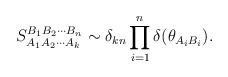
LaTeX: \begin{align*}S_{A_1 A_2 \cdots A_k }^{B_1 B_2 \cdots B_n}\sim\delta_{k n}\prod_{i=1}^{n}\delta (\theta_{A_i B_i}).\end{align*}